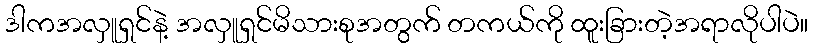
ဒါကအလှူရှင်နဲ့ အလှူရှင်မိသားစုအတွက် တကယ်ကို ထူးခြားတဲ့အရာလိုပါပဲ။